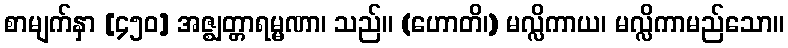
စာမျက်နှာ [၄၅၀] အဇ္ဈတ္တာရမ္မဏာ၊ သည်။ (ဟောတိ၊) မလ္လိကာယ၊ မလ္လိကာမည်သော။